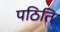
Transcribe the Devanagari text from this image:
पठिति